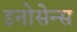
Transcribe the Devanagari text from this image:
इनोसेन्स